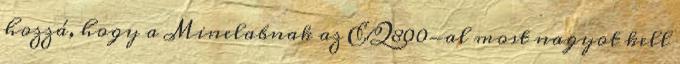
hozzá, hogy a Minelabnak az EQ800-al most nagyot kell